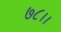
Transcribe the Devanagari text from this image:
७८।।